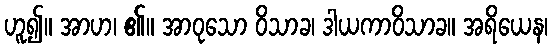
ဟူ၍။ အာဟ၊ ၏။ အာဝုသော ဝိသာခ၊ ဒါယကာဝိသာခ။ အရိယေန၊